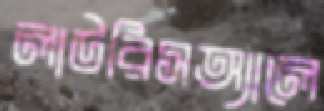
লাউরিসঅ্যালে